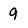
Character: 9